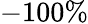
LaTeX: -100\%